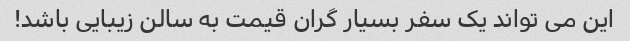
این می تواند یک سفر بسیار گران قیمت به سالن زیبایی باشد!